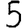
Digit: 5